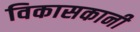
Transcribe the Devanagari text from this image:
विकासकानी